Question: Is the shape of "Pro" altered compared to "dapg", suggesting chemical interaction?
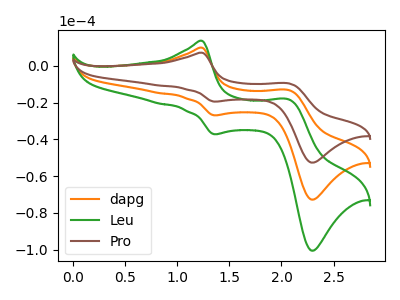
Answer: <think>The orange curve "dapg" has anodic peaks at (1.25V, 9.80uA) (2.05V, -13.25uA) and cathodic peaks at (1.35V, -26.95uA) (2.30V, -72.75uA). The green curve "Leu" has anodic peaks at (1.25V, 19.55uA) (2.05V, -26.50uA) and cathodic peaks at (1.35V, -53.90uA) (2.30V, -145.50uA). The brown curve "Pro" has anodic peaks at (1.25V, 7.10uA) (2.05V, -9.60uA) and cathodic peaks at (1.35V, -19.50uA) (2.30V, -52.65uA).
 All the peaks in "Pro" have a peak in "dapg" at the same potential.</think>
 <answer>No, "Pro" and "dapg" don't appear to be significantly different in shape</answer>
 <eval>no_change</eval>